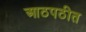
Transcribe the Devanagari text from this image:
आठपठीत